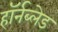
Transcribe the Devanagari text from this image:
हॉर्नब्लेड